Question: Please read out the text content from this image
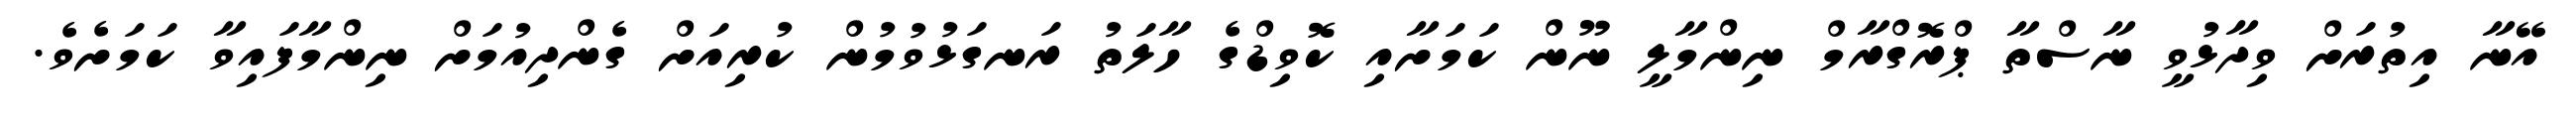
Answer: އޭނާ އިތުރަށް ވިދާޅުވީ ނާސްތާ ޕްރޮގްރާމް ނިންމާލީ ނޫން ކަމަށާއި ކޮވިޑްގެ ހާލަތު ރަނގަޅުވުމުން ކުރިއަށް ގެންދިއުމަށް ނިންމާފައިވާ ކަމަށެވެ.